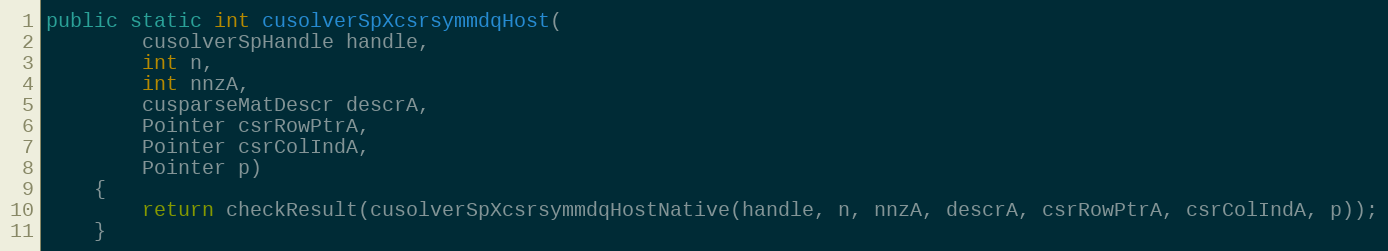
Language: Java
public static int cusolverSpXcsrsymmdqHost(
        cusolverSpHandle handle,
        int n,
        int nnzA,
        cusparseMatDescr descrA,
        Pointer csrRowPtrA,
        Pointer csrColIndA,
        Pointer p)
    {
        return checkResult(cusolverSpXcsrsymmdqHostNative(handle, n, nnzA, descrA, csrRowPtrA, csrColIndA, p));
    }